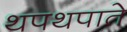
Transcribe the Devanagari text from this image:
थपथपाते